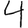
Digit: 4